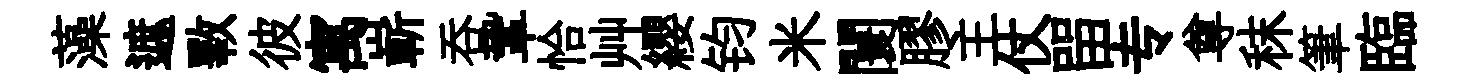
藻遮斁彼寓嶄吞鞏恰艸纓钧米闤膠主仗㽞专尊秣筆臨